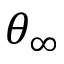
\theta _ { \infty }